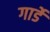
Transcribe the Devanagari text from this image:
गार्डे